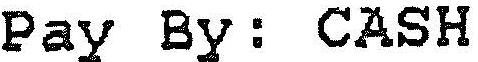
PAY BY: CASH